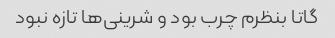
گاتا بنظرم چرب بود و شرینی‌ها تازه نبود